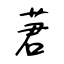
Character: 莙